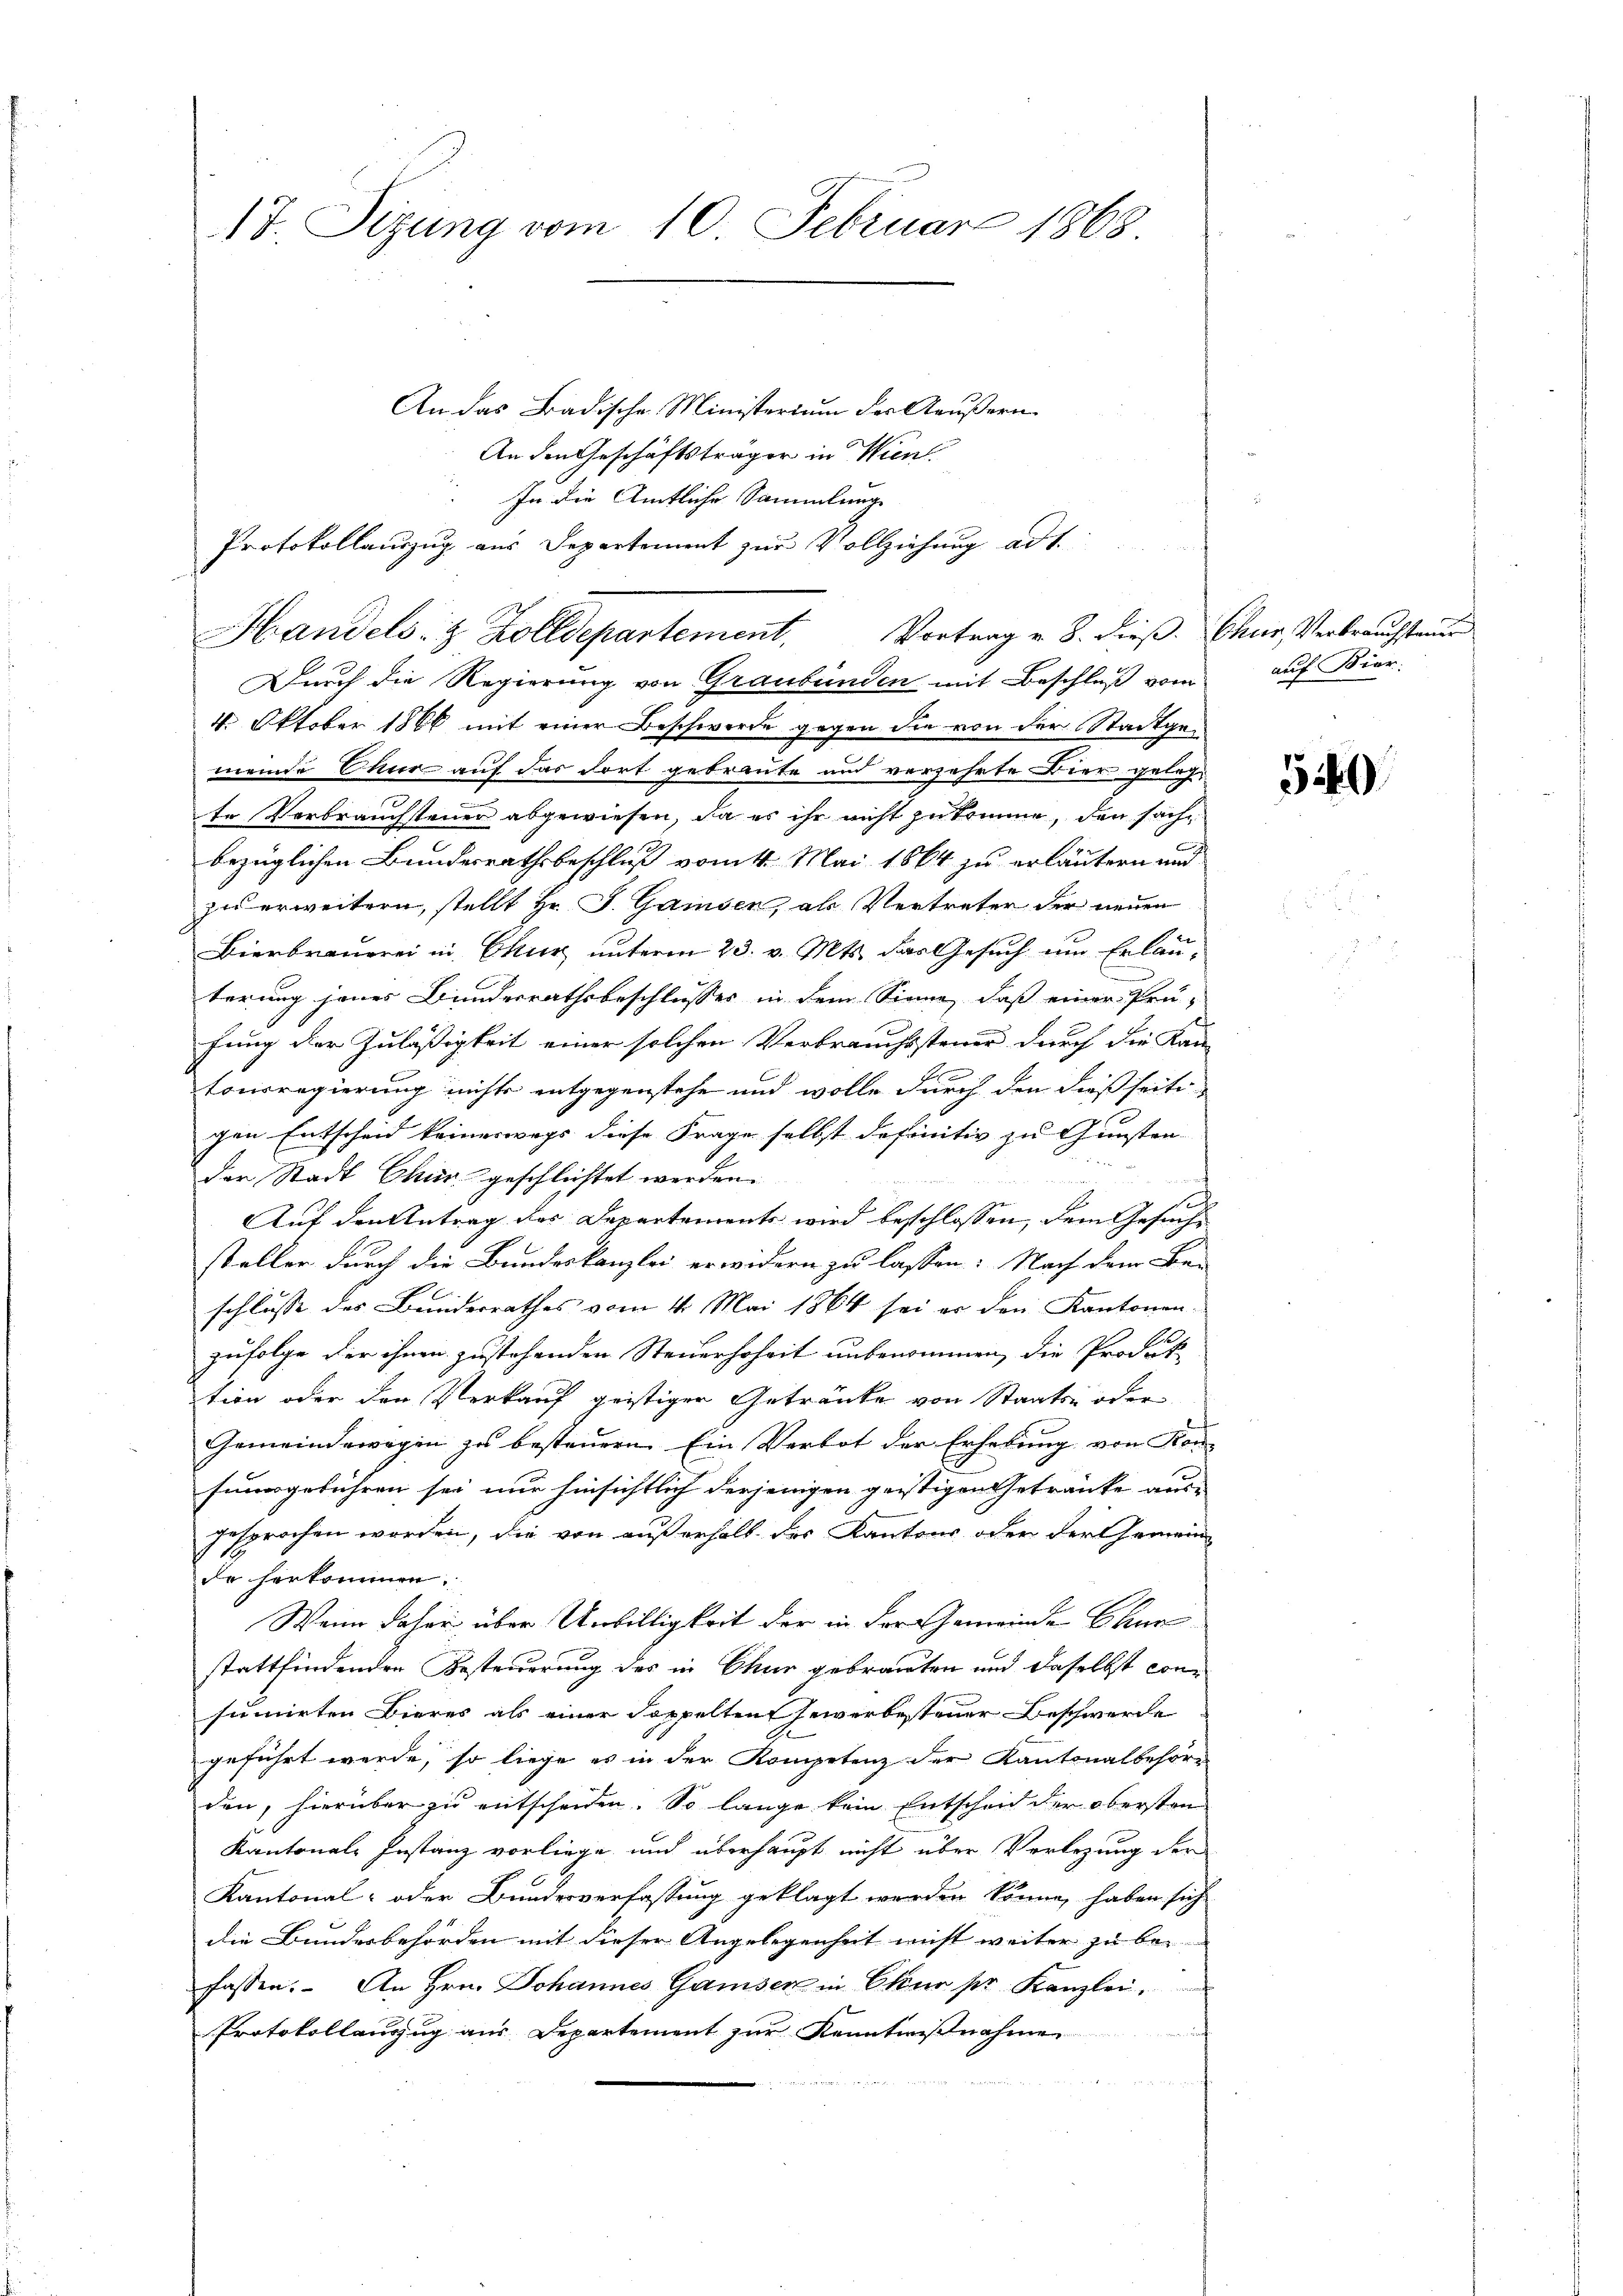
17. Sizung vom 10. Februar 1868

An das Badische Ministerium der Aeußern
An den Geschäftsträger in Wien
In die Amtliche Sammlung
Vortrag v. 8. dieß. Chur, Verbrauchstande
Durch die Regierung von Graubünden mit Beschluß vom auf Bier-
4. Oktober 1866 mit einer Beschwerde gegen die von der Stadtgemeinde Chur auf das dort getraute und verzehrte Dier gelegte Verbrauchsteuer abgewiesen, da es ihr nicht zukomme, den sache
bezüglichen Bundesrathsbeschluß vom 4. Mai 1864 zu erläutern und
zu erweitern, stellt Hr. J. Gamsen, als Vertreter der neuen

Bierbrauerei in Chur unterm 23. v. Mts. das Gesuch um Erlauterung jenes Bundesrathsbeschlusses in dem Sinne, daß einer Prü-
fung der Zuläßigkeit einer solchen Verbrauchssteuer durch die Kan-
e
tonsregierung nichts entgegenstehe und wolle durch den dießseitigen Entscheid keineswegs diese Frage selbst definitiv zu Gunsten

der Stadt Chur geschlichtet werden.
n
d
Auf den Antrag des Departements wird beschlossen, dem Gesuche
stellen durch die Bundeskanzlei erwidern zu lassen. Nach dem Bei
schlusse des Bundesrathes vom 4. Mai 1864 sei er den Kantonen-
1
zufolge der ihnen zustehenden Steuerhoheit unbenommen, die Prodet-
tion oder den Verkauf geistiger Getränke von Staats- oder
Gemeindewegen zu besteuern. Ein Verbot der Erhebung von Kon-
fungeführen sei nur hinsichtlich derjenigen geistigen Getränke aus-
gesprochen worden, die von außerhalb des Kantons oder der Gemein-
de herkommen.
Wenn daher über Unbilligkeit der in der Gemeinde Chur
stattfindenden Besteuerung des in Chur gebrauten und daselbst consumirten Bieres als einer doppeltent serverbestener Beschwerde
geführt werde, so liege es in der Kompetenz der Kantonalbehöre
den, hierüber zu entscheiden. So lange kein Entscheid der obersten
Kantonale Instanz vorliege, und überhaupt nicht über Verlegung der
Kantonal- oder Bundesverfassung geklagt werden könne, haben sich
die Bundesbehörden mit dieser Angelegenheit nicht weiter zu bei
fassen. An Hrn. Johannes Gamsen in Chur pr. Kanzlei.
Protokollanzug aus Departement zur Kenntnißnahmen

Protokollauszug aus Departement zur Vollziehung ad 1.
Handels- & Zolldepartement.

540